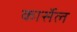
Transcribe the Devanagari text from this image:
कार्सेल